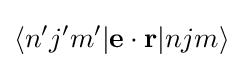
\langle n^{\prime }j^{\prime }m^{\prime }\vert \mathbf {e} \cdot \mathbf {r} \vert njm\rangle